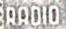
RADIO